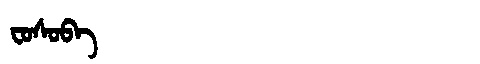
Manchu: ᠸᠣᠰᠣᠪᠠ
Romanization: FOSOBA